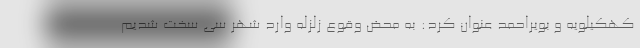
کهکیلویه و بویراحمد عنوان کرد: به محض وقوع زلزله وارد شهر سی سخت شدیم